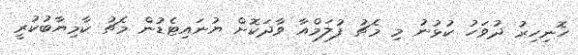
ހޮނިހިރު ދުވަހު ކުޅުނު މި މެޗު ފުލަމްއާ ވާދަކޮށް ޔުނައިޓެޑުން މެޗު ކާމިޔާބުކުރީ